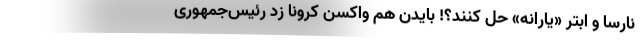
نارسا و ابترِ «یارانه» حل کنند؟! بایدن هم واکسن کرونا زد رئیس‌جمهوری